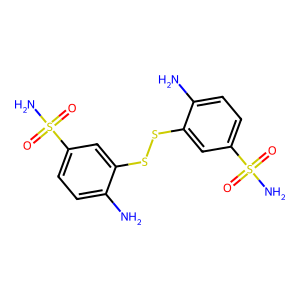
SMILES: Nc1ccc(S(N)(=O)=O)cc1SSc1cc(S(N)(=O)=O)ccc1N
Inhibits HIV replication: Yes